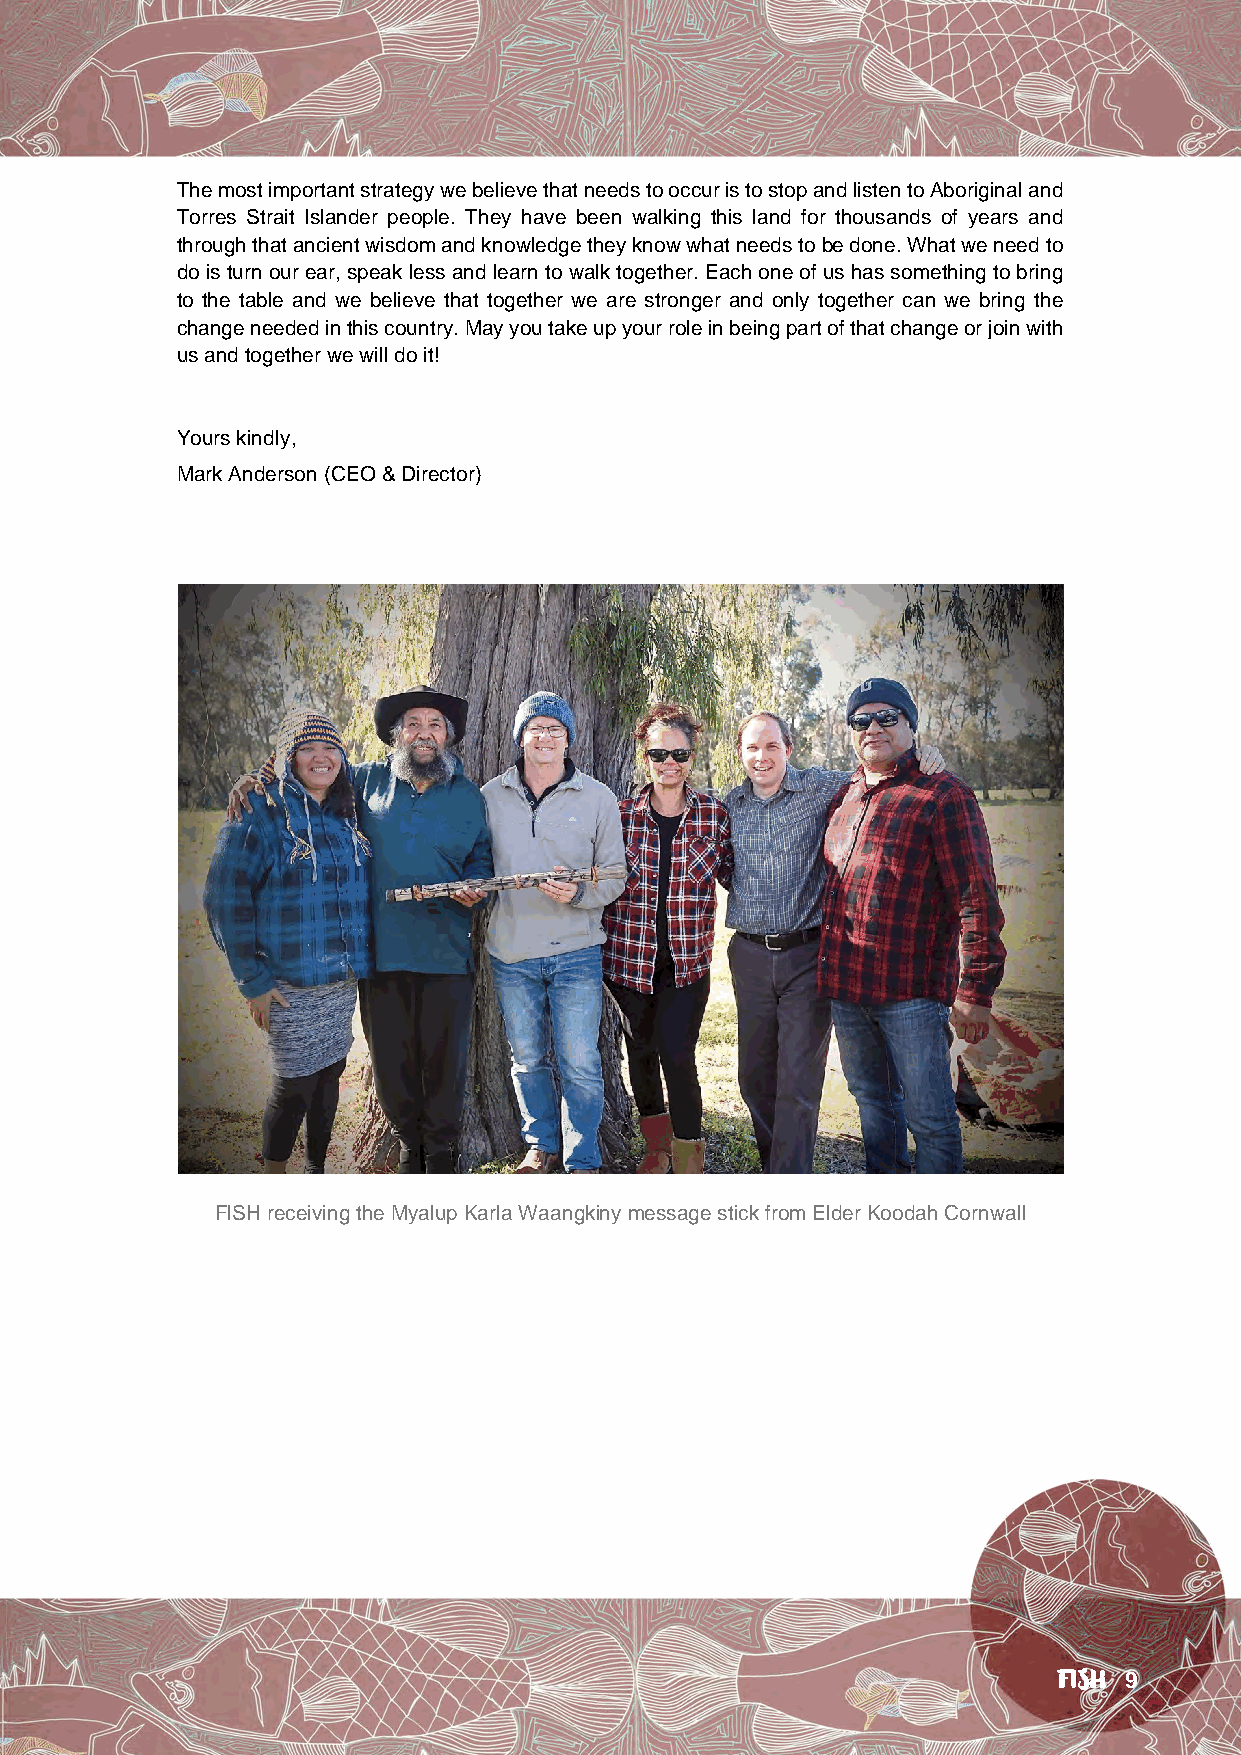
The most important strategy we believe that needs to occur is to stop and listen to Aboriginal and
 Torres Strait Islander people. They have been walking this land for thousands of years and
 through that ancient wisdom and knowledge they know what needs to be done. What we need to
 do is turn our ear, speak less and learn to walk together. Each one of us has something to bring
 to the table and we believe that together we are stronger and only together can we bring the
 change needed in this country. May you take up your role in being part of that change or join with
 us and together we will do it!
 Yours kindly,
 Mark Anderson (CEO & Director)
 FISH receiving the Myalup Karla Waangkiny message stick from Elder Koodah Cornwall
 FISH 9